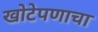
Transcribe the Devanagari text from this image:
खोटेपणाचा